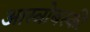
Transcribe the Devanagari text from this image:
आस्त्रोबस्की